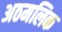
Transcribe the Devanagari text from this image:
अठमलिक